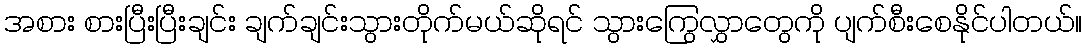
အစား စားပြီးပြီးချင်း ချက်ချင်းသွားတိုက်မယ်ဆိုရင် သွားကြွေလွှာတွေကို ပျက်စီးစေနိုင်ပါတယ်။